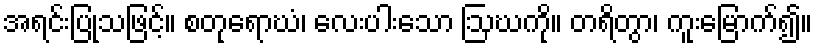
အရင်းပြုသဖြင့်။ စတုရောဃံ၊ လေးပါးသော ဩဃကို။ တရိတွာ၊ ကူးမြောက်၍။